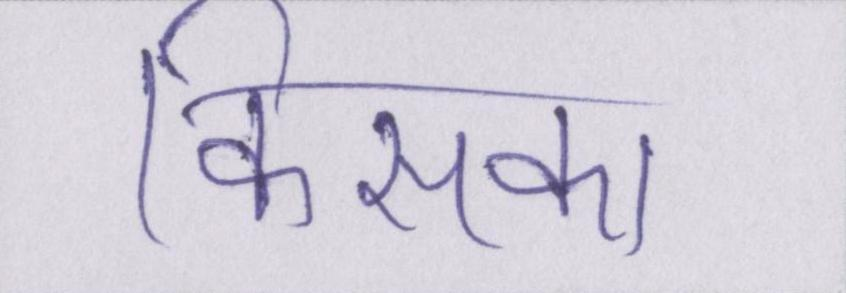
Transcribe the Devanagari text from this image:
किसका